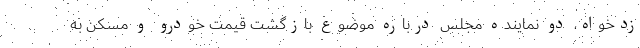
زدخواه، دو نماینده مجلس درباره موضوع بازگشت قیمت خودرو و مسکن به